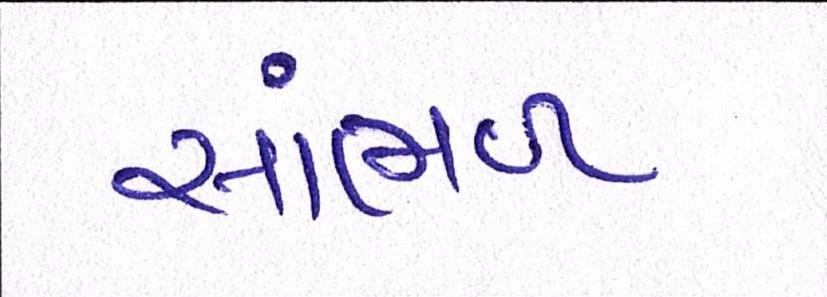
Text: સાંભળ